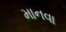
માનવા